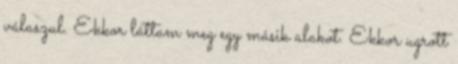
válaszul. Ekkor láttam meg egy másik alakot. Ekkor ugrott